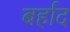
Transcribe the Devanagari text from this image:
बर्हाद